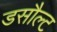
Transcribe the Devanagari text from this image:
डसौल्ट